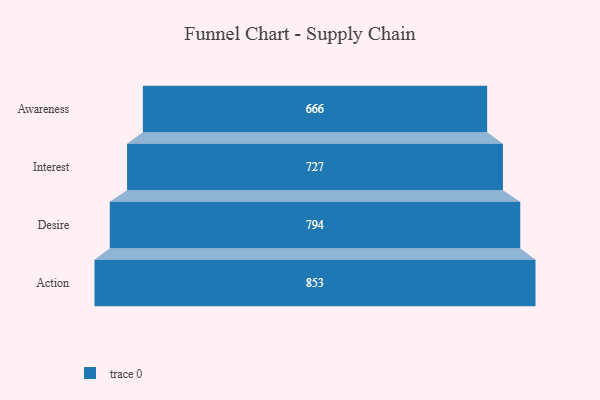
{"axis": {"x": "Stage", "y": "Value"}, "legend": [""], "data": [{"x": "Awareness", "y": 666.0, "type": ""}, {"x": "Interest", "y": 727.0, "type": ""}, {"x": "Desire", "y": 794.0, "type": ""}, {"x": "Action", "y": 853.0, "type": ""}]}